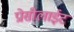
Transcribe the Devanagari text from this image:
प्रोसीलाईट